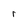
Character: r